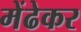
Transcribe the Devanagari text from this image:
मेंढेकर